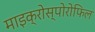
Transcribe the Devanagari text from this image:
माइक्रोस्पोरोफिल